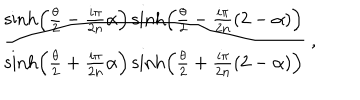
{ \frac { \sinh \left( { \frac { \theta } { 2 } } - { \frac { i \pi } { 2 n } } \alpha \right) \sinh \left( { \frac { \theta } { 2 } } - { \frac { i \pi } { 2 n } } ( 2 - \alpha ) \right) } { \sinh \left( { \frac { \theta } { 2 } } + { \frac { i \pi } { 2 n } } \alpha \right) \sinh \left( { \frac { \theta } { 2 } } + { \frac { i \pi } { 2 n } } ( 2 - \alpha ) \right) } } \ ,